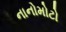
નાનોમોટો